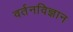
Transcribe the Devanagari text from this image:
वर्तनविज्ञान